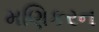
મણિકરન